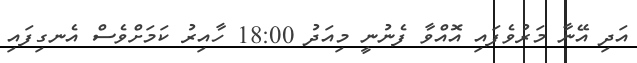
އަދި އޭނާ މަރުވެފައި އޮއްވާ ފެނުނީ މިއަދު 18:00 ހާއިރު ކަމަށްވެސް އެނގިފައި